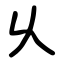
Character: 乆